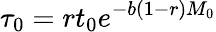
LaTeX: \tau_{0}=rt_{0}e^{-b(1-r)M_{0}}